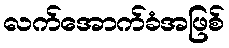
လက်အောက်ခံအဖြစ်